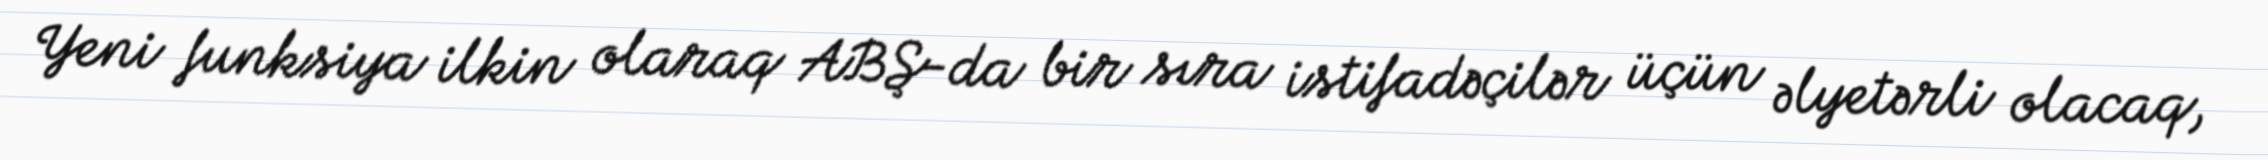
Yeni funksiya ilkin olaraq ABŞ-da bir sıra istifadəçilər üçün əlyetərli olacaq,